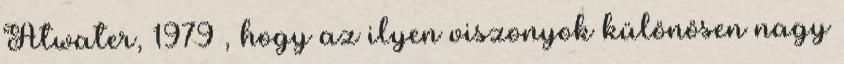
Atwater, 1979 , hogy az ilyen viszonyok különösen nagy